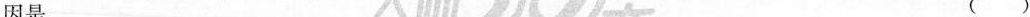
因是 ( )